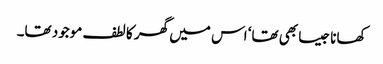
کھانا جیسا بھی تھا‘ اس میں گھر کا لطف موجود تھا۔